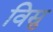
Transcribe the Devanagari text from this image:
विस्नु